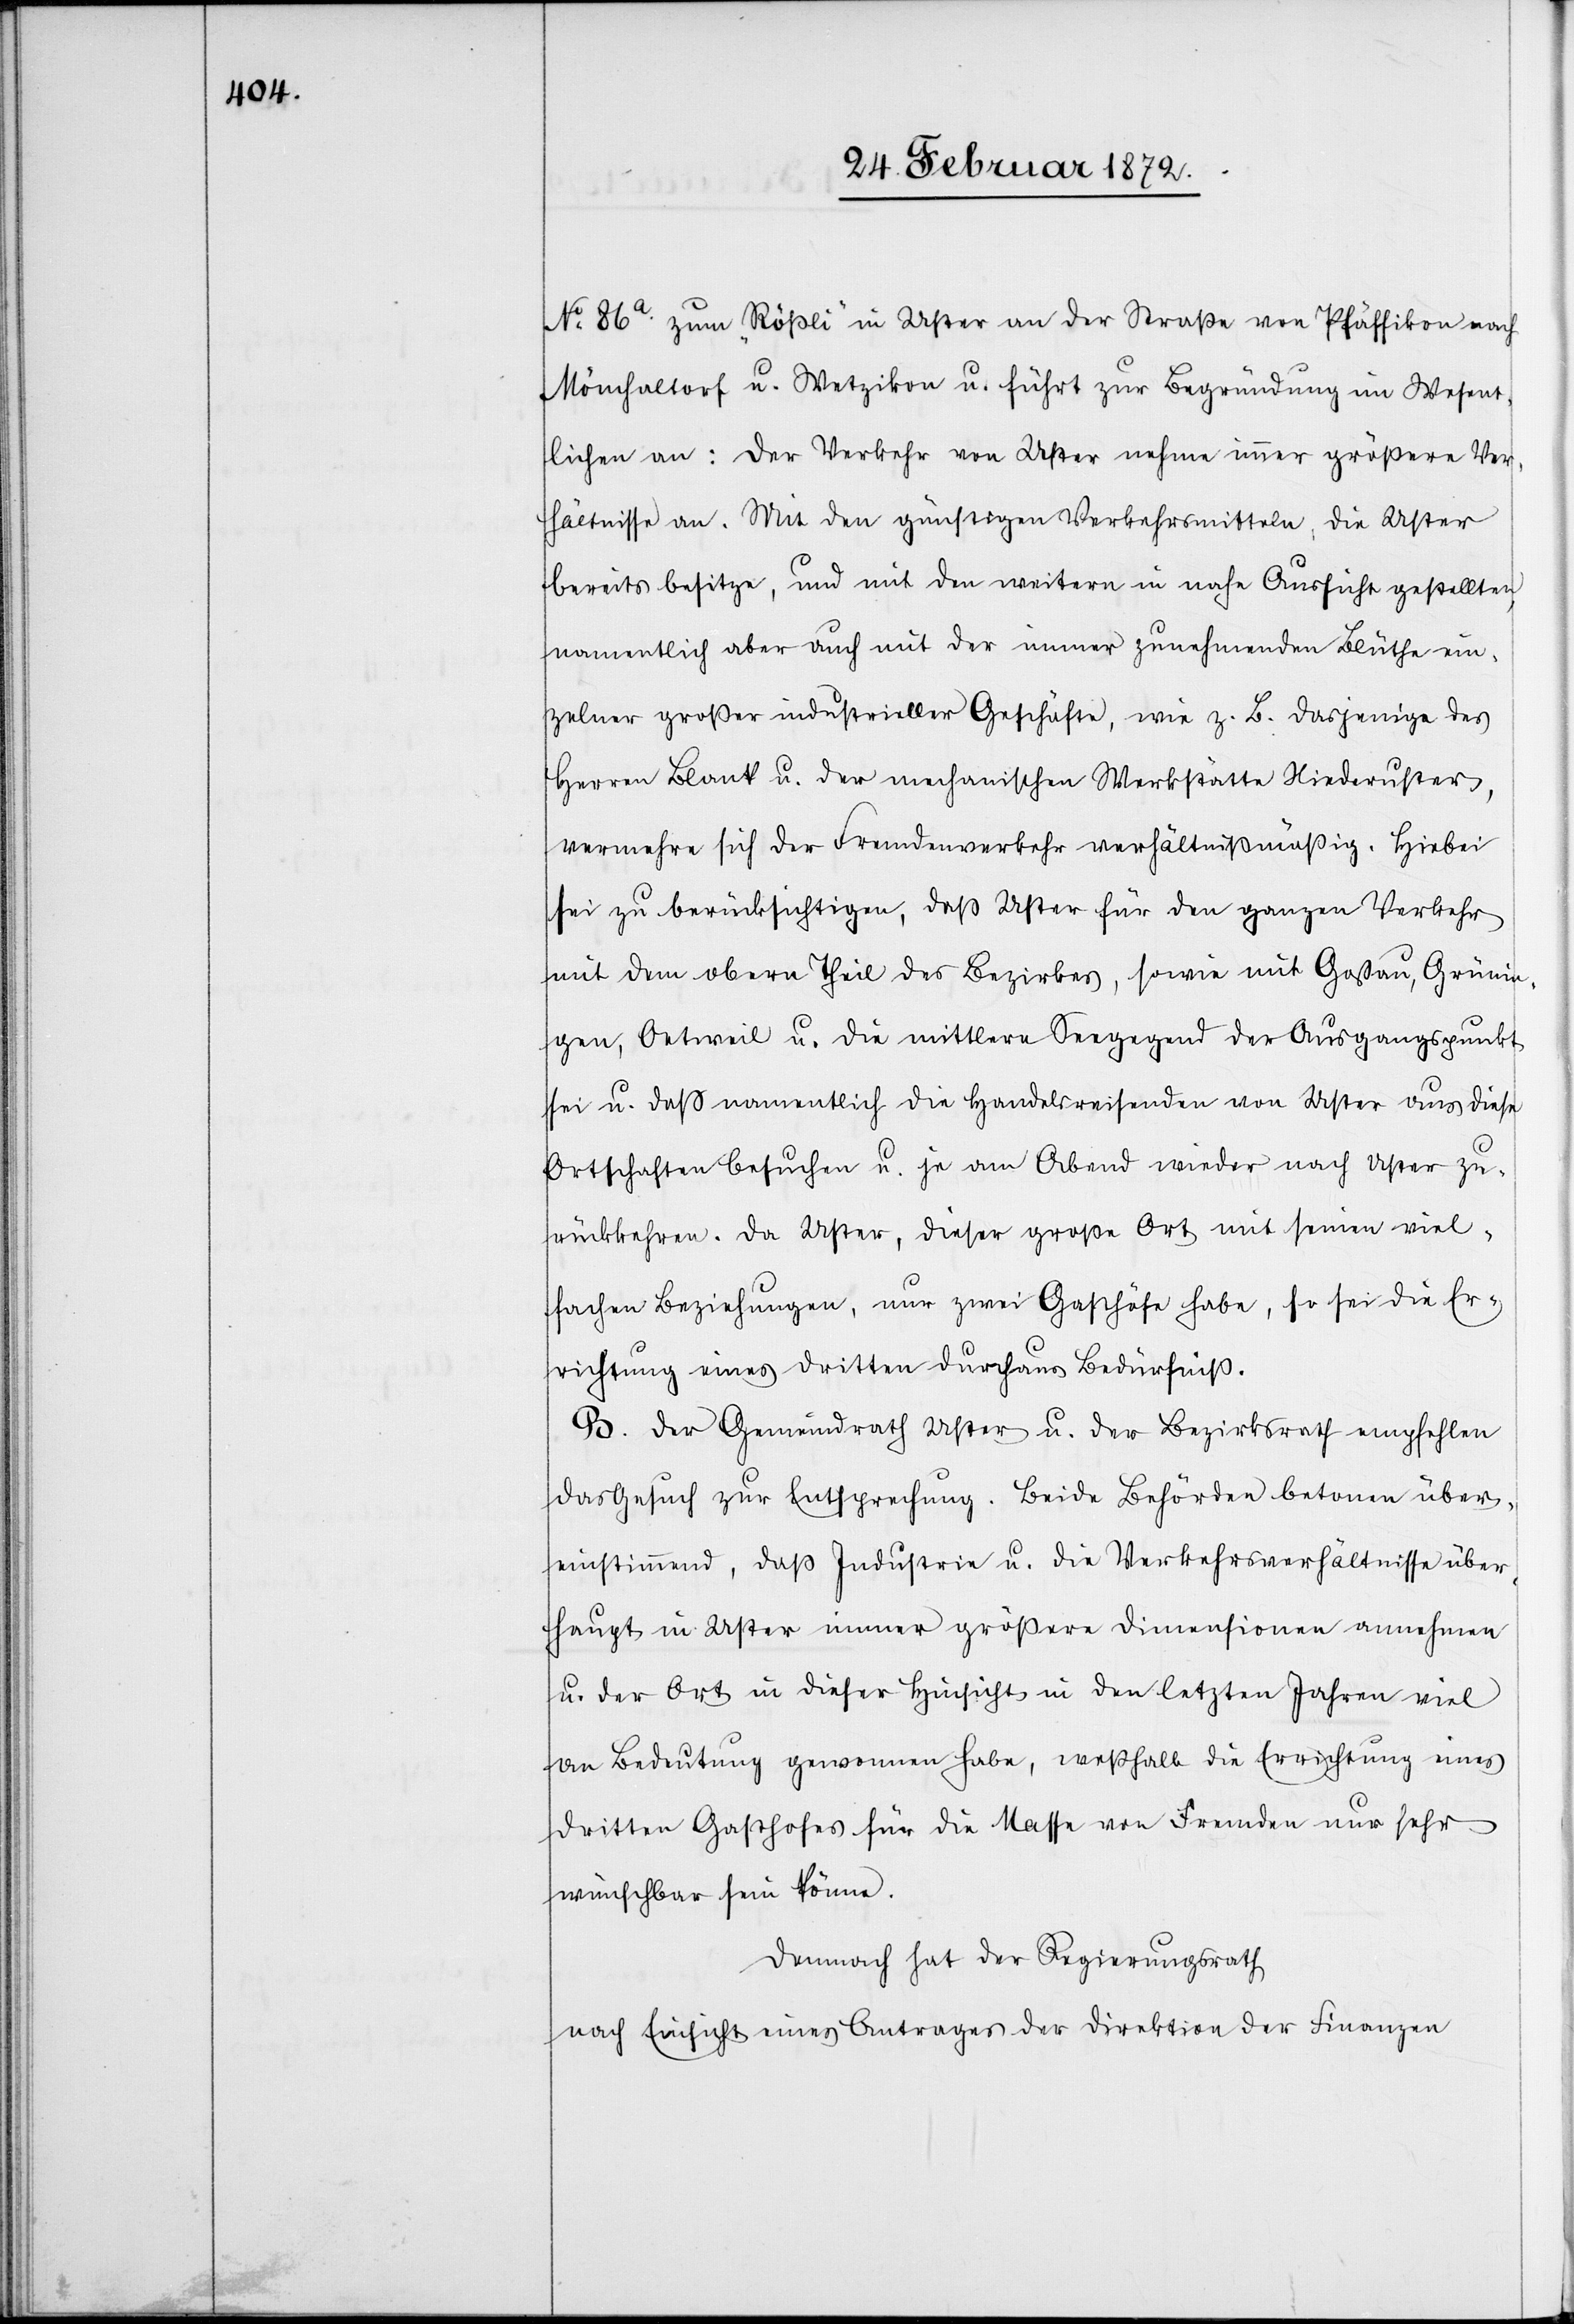
No 86a zum „Rößli“ in Uster an der Straße von Pfäffikon nach
Mönchaltorf u. Wetzikon u. führt zur Begründung im Wesent¬
lichen an: Der Verkehr von Uster nehme immer größere Ver¬
hältnisse an. Mit den günstigen Verkehrsmitteln, die Uster
bereits besitze, und mit den weitern in nahe Aussicht gestellten,
namentlich aber auch mit der immer zunehmenden Blüthe ein¬
zelner großer industrieller Geschäfte, wie z. B. dasjenige des
Herren Blank u. der mechanischen Werkstätte Niederusters,
vermehre sich der Fremdenverkehr verhältnißmäßig. Hiebei
sei zu berücksichtigen, daß Uster für den ganzen Verkehr
mit dem obern Theil des Bezirkes, sowie mit Gossau, Grünin¬
gen, Oetweil u. die mittlere Seegegend der Ausgangspunkt
sei u. daß namentlich die Handelsreisenden von Uster aus diese
Ortschaften besuchen u. je am Abend wieder nach Uster zu¬
rückkehren. Da Uster, dieser große Ort mit seinen viel¬
fachen Beziehungen, nur zwei Gasthöfe habe, so sei die Er¬
richtung eines dritten durchaus Bedürniß.
B. Der Gemeindrath Uster u. der Bezirksrath empfehlen
das Gesuch zur Entsprechung. Beide Behörden betonen über¬
einstimmend, daß Industrien u. die Verkehrsverhältnisse über¬
haupt in Uster immer größere Dimensionen annehmen
u. der Ort in dieser Hinsicht in den letzten Jahren viel
an Bedeutung gewonnen habe, weßhalb die Errichtung eines
dritten Gasthofes für die Masse von Fremden nur sehr
wünschbar sein könne.
Demnach hat der Regierungsrath
nach Einsicht eines Antrages der Direktion der Finanzen